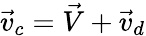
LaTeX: \vec{v}_{c}=\vec{V}+\vec{v}_{d}